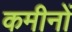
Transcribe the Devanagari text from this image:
कमीनों